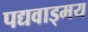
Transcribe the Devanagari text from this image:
पद्यवाड्मय